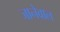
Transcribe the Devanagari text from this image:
जानेवाल